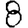
Digit: 8